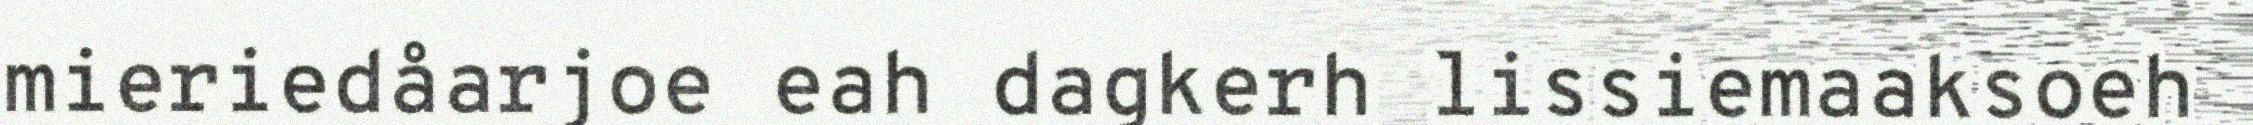
mieriedåarjoe eah dagkerh lissiemaaksoeh